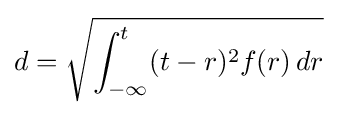
d={\sqrt {\int _{-\infty }^{t}(t-r)^{2}f(r)\,dr}}